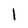
Character: 1